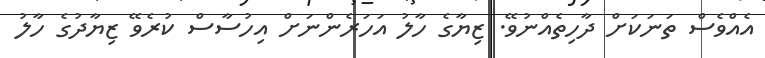
އެއްވެސް ތަނަކަށް ދާހިތެއްނުވޭ. ޒިޔާގެ ހާލު އަހަރެންނަށް އިހުސާސް ކުރެވޭ ޒިޔާދުގެ ހާލު